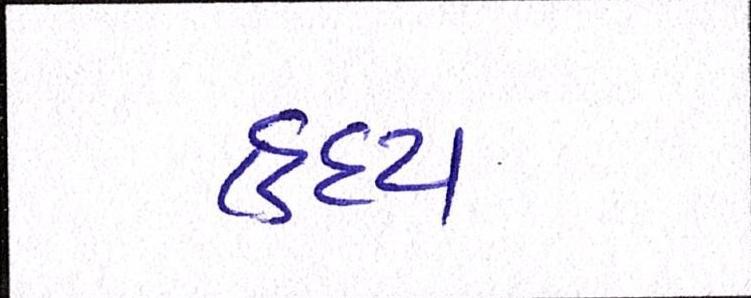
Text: હૃદય